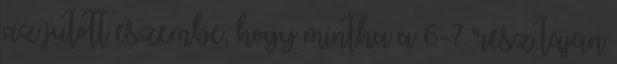
az jutott eszembe, hogy mintha a 6-7. rész táján